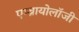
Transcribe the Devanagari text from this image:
एम्ब्रायोलाॅजी